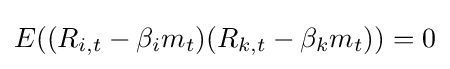
E((R_{i,t}-\beta _{i}m_{t})(R_{k,t}-\beta _{k}m_{t}))=0